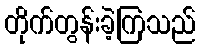
တိုက်တွန်းခဲ့ကြသည်